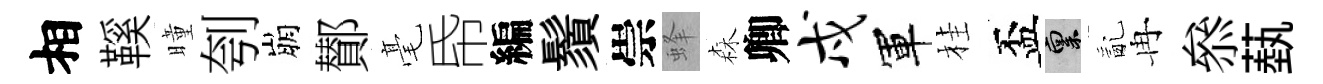
相鞵曈刳崩鄼毫帋編鬚崇蜂森卿戍軍桂盃禀亂冉叅蓺